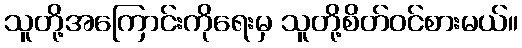
သူတို့အကြောင်းကိုရေးမှ သူတို့စိတ်ဝင်စားမယ်။